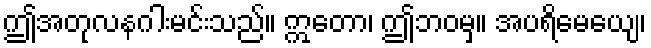
ဤအတုလနဂါးမင်းသည်။ ဣတော၊ ဤဘဝမှ။ အပရိမေယျေ၊